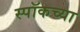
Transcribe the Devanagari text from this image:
स्पॉकच्या